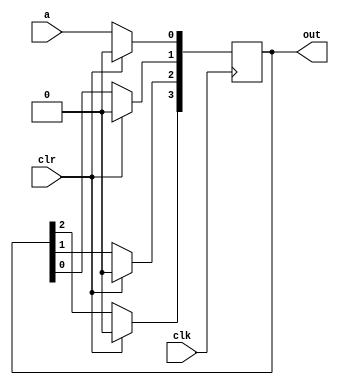
module sipo(clk,clr,a,out);
  input clk,clr,a;
  output [3:0]out;
  reg[3:0]q;
   assign out=q;
  always@(posedge clk)
    begin
      if(clr)
        q<=4'b0000;
       
      else
        begin
          q[0]<=a;
          q[1]<=q[0];
          q[2]<=q[1];
          q[3]<=q[2];
         
        end
    end
endmodule